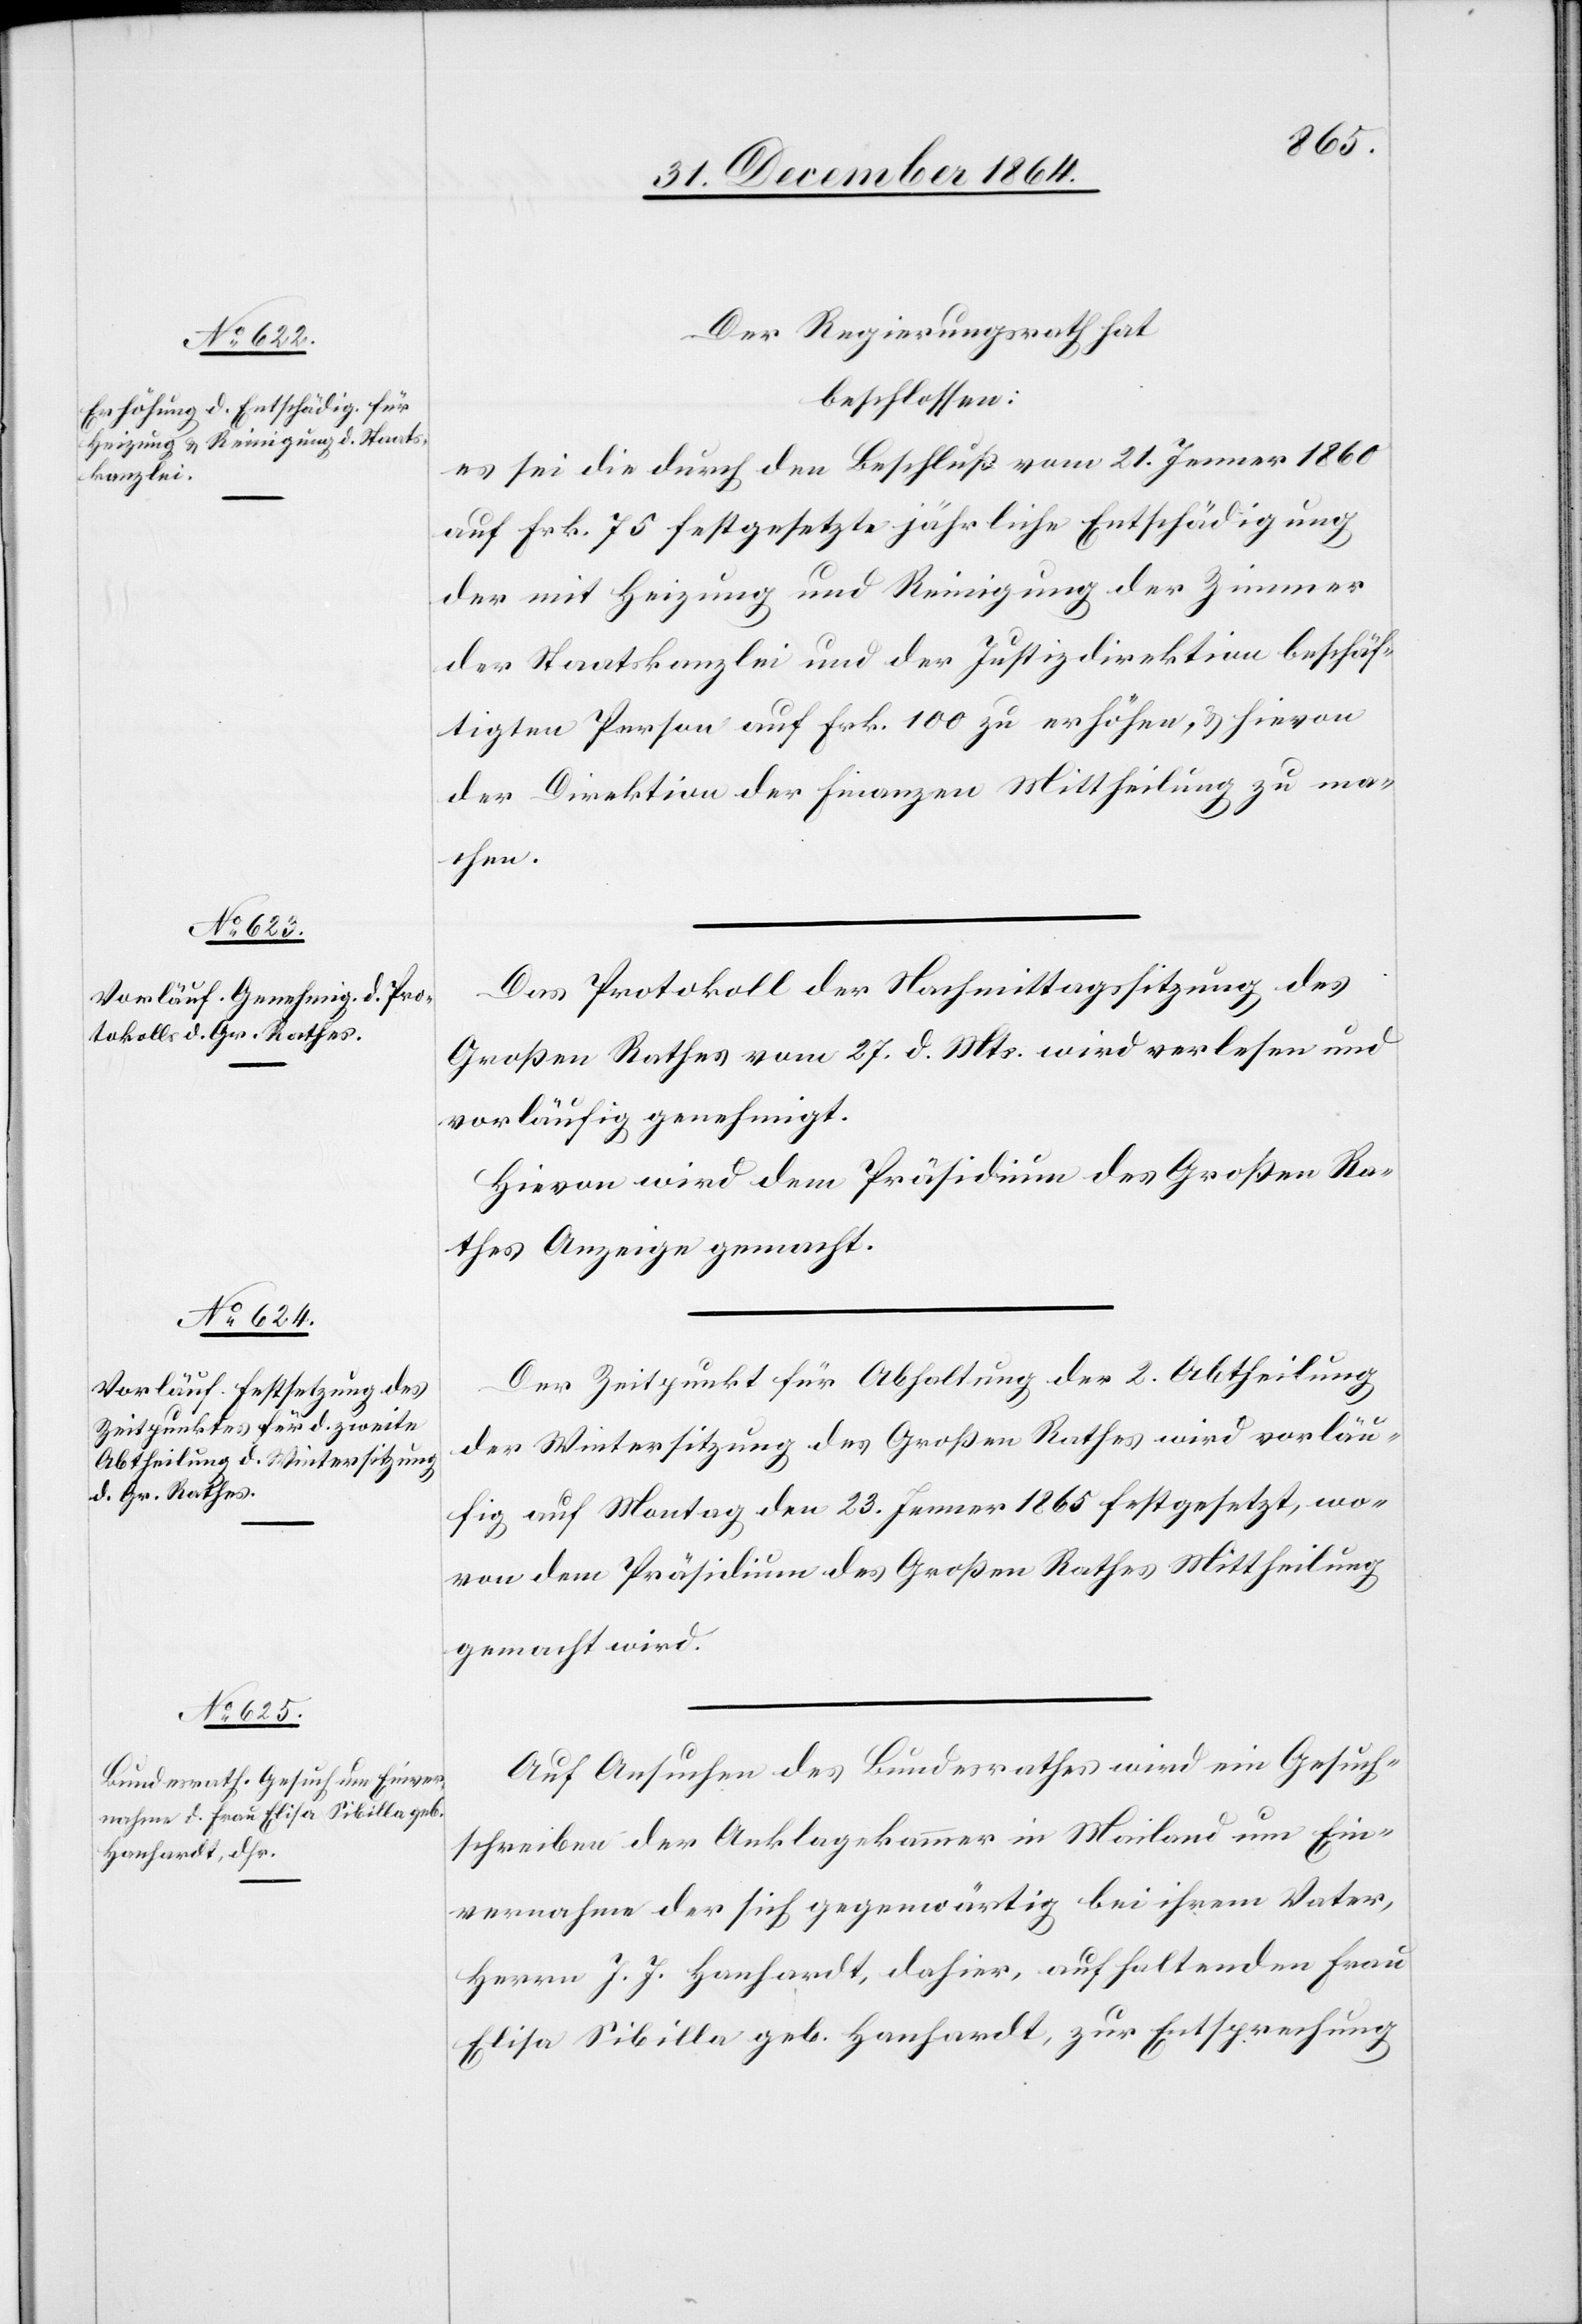
Der Regierungsrath hat
beschlossen:
es sei die durch den Beschluß vom 21. Jenner 1860
auf Frk. 75 festgesetzte jährliche Entschädigung
der mit Heizung und Reinigung der Zimmer
der Staatskanzlei und der Justizdirektion beschäf¬
tigten Person auf Frk. 100 zu erhöhen, & hievon
der Direktion der Finanzen Mittheilung zu ma¬
chen.
Das Protokoll der Nachmittagssitzung des
Großen Rathes vom 27. d. Mts. wird verlesen und
vorläufig genehmigt.
Hievon wird dem Präsidium des Großen Ra¬
thes Anzeige gemacht.
Der Zeitpunkt für Abhaltung der 2. Abtheilung
der Wintersitzung des Großen Rathes wird vorläu¬
fig auf Montag den 23. Jenner 1865 festgesetzt, wo¬
von dem Präsidium des Großen Rathes Mittheilung
gemacht wird.
Auf Ansuchen des Bundesrathes wird ein Gesuch¬
schreiben der Anklagekammer in Mailand um Ein¬
vernahme der sich gegenwärtig bei ihrem Vater,
Herrn J. J. Hanhardt, dahier, aufhaltenden Frau
Elisa Sibilla geb. Hanhardt, zur Entsprechung